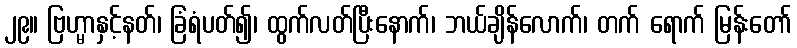
၂၉။ ဗြဟ္မာနှင့်နတ်၊ ခြံရံပတ်၍၊ ထွက်လတ်ပြီးနောက်၊ ဘယ်ချိန်လောက်၊ တက် ရောက် မြန်းတော်